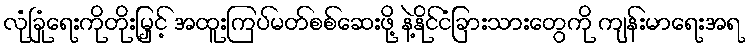
လုံခြုံရေးကိုတိုးမြှင့် အထူးကြပ်မတ်စစ်ဆေးဖို့ နဲ့နိုင်ငံခြားသားတွေကို ကျန်းမာရေးအရ